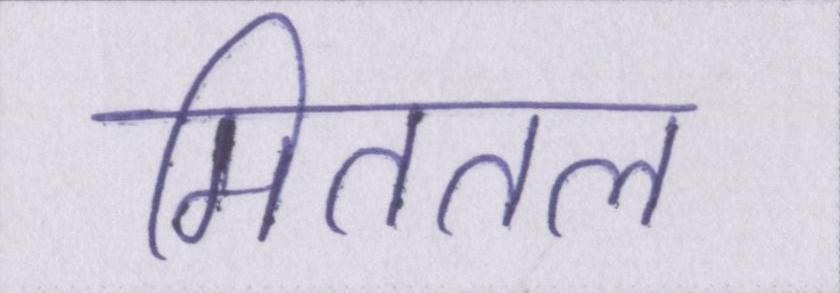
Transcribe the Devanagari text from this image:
मिततल